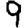
Digit: 9